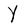
Character: Y